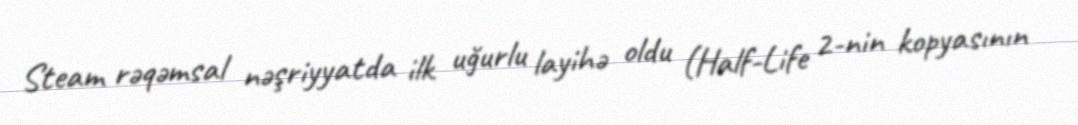
Steam rəqəmsal nəşriyyatda ilk uğurlu layihə oldu (Half-Life 2-nin kopyasının